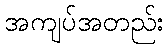
အကျပ်အတည်း